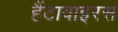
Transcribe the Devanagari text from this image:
हैंटावाइरस